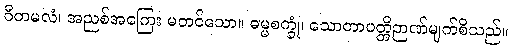
ဝီတမလံ၊ အညစ်အကြေး မတင်သော။ ဓမ္မစက္ခုံ၊ သောတာပတ္တိဉာဏ်မျက်စိသည်။